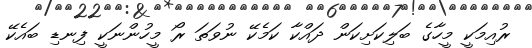
ރުއިމަކީ މީހާގެ ބަލިކަށިކަން ދައްކާ ކަމެކޭ ނުވަތަ ރޯ މީހުންނަކީ ފިނޑި ބައެކޭ